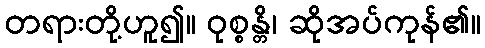
တရားတို့ဟူ၍။ ဝုစ္စန္တိ၊ ဆိုအပ်ကုန်၏။